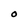
Character: O